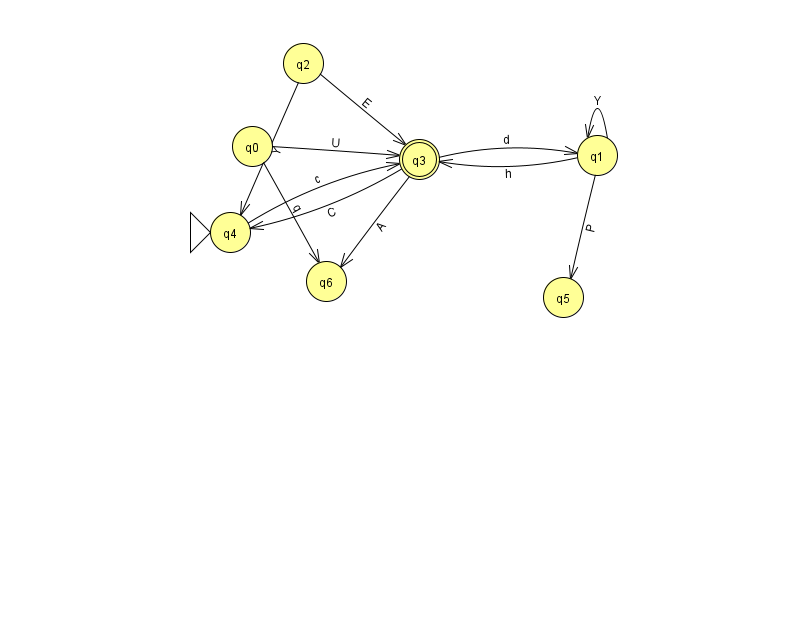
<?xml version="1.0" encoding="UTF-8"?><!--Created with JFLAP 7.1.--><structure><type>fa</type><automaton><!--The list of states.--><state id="0" name="q0"><x>252.0</x><y>133.0</y></state><state id="1" name="q1"><x>597.0</x><y>142.0</y></state><state id="2" name="q2"><x>303.0</x><y>50.0</y></state><state id="3" name="q3"><x>419.0</x><y>146.0</y><final/></state><state id="4" name="q4"><x>230.0</x><y>219.0</y><initial/></state><state id="5" name="q5"><x>563.0</x><y>284.0</y></state><state id="6" name="q6"><x>326.0</x><y>268.0</y></state><!--The list of transitions.--><transition><from>3</from><to>4</to><read>C</read></transition><transition><from>3</from><to>6</to><read>A</read></transition><transition><from>4</from><to>3</to><read>c</read></transition><transition><from>2</from><to>4</to><read>Y</read></transition><transition><from>1</from><to>3</to><read>h</read></transition><transition><from>0</from><to>6</to><read>q</read></transition><transition><from>1</from><to>5</to><read>P</read></transition><transition><from>1</from><to>1</to><read>Y</read></transition><transition><from>3</from><to>1</to><read>d</read></transition><transition><from>2</from><to>3</to><read>E</read></transition><transition><from>0</from><to>3</to><read>U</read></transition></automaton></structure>